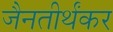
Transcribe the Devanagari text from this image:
जैनतीर्थंकर